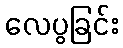
လေပွခြင်း